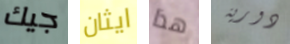
جيك ايثان هذا دورية